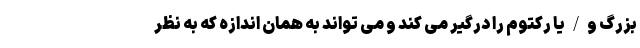
بزرگ و/یا رکتوم را درگیر می کند و می تواند به همان اندازه که به نظر